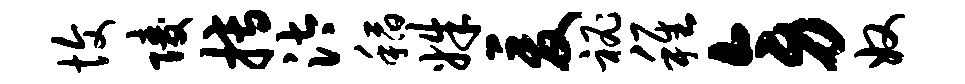
愎陵搏汰稻姝爰秘稚旁奴